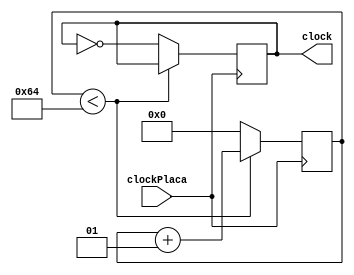
module DivisorDeFrequencia (clockPlaca, clock);

	input clockPlaca; //Clock que vem da placa
	output reg clock; // Clock que ser possvel utilizar
	//##########Ficar atento ####################
	//Devo tirar o "reg"??
	// guardar em registradores podem me gerar em um delay 
	//talvez eu posso utilizar "output" somente para uma passagem direta
	
	integer contadorDeFrequencia;
	
	initial begin 
		contadorDeFrequencia = 0;
	end
	
	always @(posedge clockPlaca) begin
		
		if(contadorDeFrequencia < 100)
			contadorDeFrequencia = contadorDeFrequencia + 1;
		else begin
			clock = ~clock;
			contadorDeFrequencia = 0;
		end
	end 
endmodule